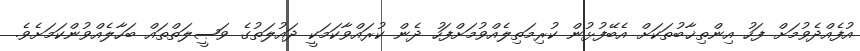
އުފެއްދެވުމަށް ފަހު އިންތިޚާބުތަކަށް އެބޭފުޅުން ކުރިމަތިލެއްވުމަށްފަހު ދެން ކުރައްވާކަމަކީ ދައުލަތުގެ ވަޞީލަތްތައް ބަހާލެއްވުންކަމަށެވެ.